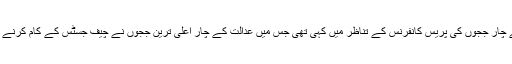
انھوں نے یہ بات سپریم کورٹ کے چار ججوں کی پریس کانفرنس کے تناظر میں کہی تھی جس میں عدالت کے چار اعلیٰ ترین ججوں نے چیف جسٹس کے کام کرنے کے طریقے پر سوال اٹھائے تھے۔